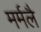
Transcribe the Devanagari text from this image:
मर्मलै